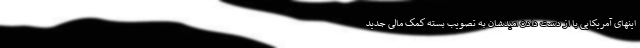
اینهای آمریکایی با از دست دادن امیدشان به تصویب بسته کمک مالی جدید